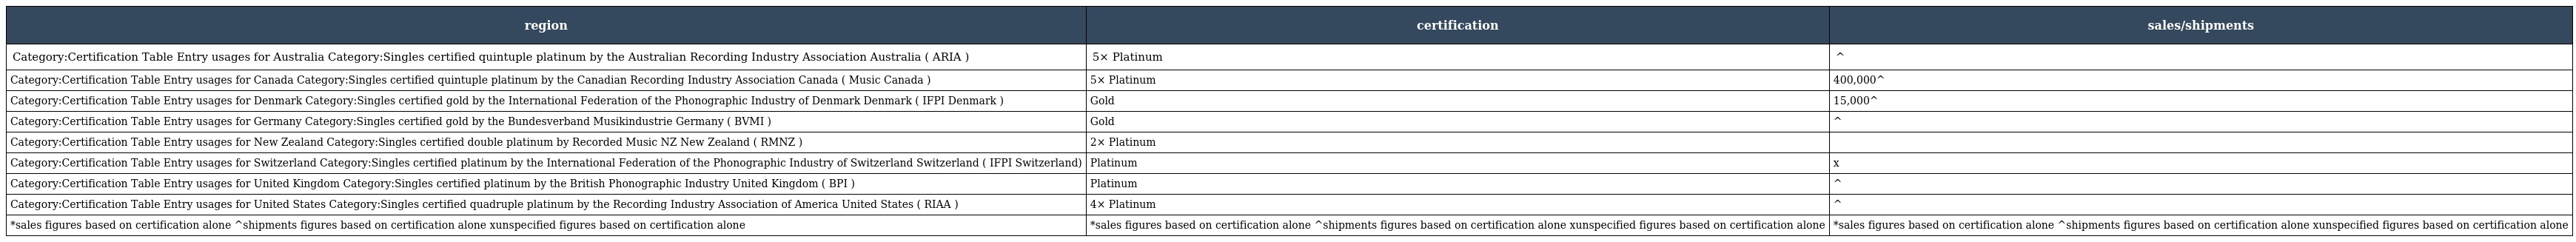
| region | certification | sales/shipments |
 | --- | --- | --- |
 | Category:Certification Table Entry usages for Australia Category:Singles certified quintuple platinum by the Australian Recording Industry Association Australia ( ARIA ) | 5× Platinum | ^ |
 | Category:Certification Table Entry usages for Canada Category:Singles certified quintuple platinum by the Canadian Recording Industry Association Canada ( Music Canada ) | 5× Platinum | 400,000^ |
 | Category:Certification Table Entry usages for Denmark Category:Singles certified gold by the International Federation of the Phonographic Industry of Denmark Denmark ( IFPI Denmark ) | Gold | 15,000^ |
 | Category:Certification Table Entry usages for Germany Category:Singles certified gold by the Bundesverband Musikindustrie Germany ( BVMI ) | Gold | ^ |
 | Category:Certification Table Entry usages for New Zealand Category:Singles certified double platinum by Recorded Music NZ New Zealand ( RMNZ ) | 2× Platinum |  |
 | Category:Certification Table Entry usages for Switzerland Category:Singles certified platinum by the International Federation of the Phonographic Industry of Switzerland Switzerland ( IFPI Switzerland) | Platinum | x |
 | Category:Certification Table Entry usages for United Kingdom Category:Singles certified platinum by the British Phonographic Industry United Kingdom ( BPI ) | Platinum | ^ |
 | Category:Certification Table Entry usages for United States Category:Singles certified quadruple platinum by the Recording Industry Association of America United States ( RIAA ) | 4× Platinum | ^ |
 | *sales figures based on certification alone ^shipments figures based on certification alone xunspecified figures based on certification alone | *sales figures based on certification alone ^shipments figures based on certification alone xunspecified figures based on certification alone | *sales figures based on certification alone ^shipments figures based on certification alone xunspecified figures based on certification alone |